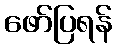
ဖော်ပြရန်